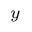
^ y